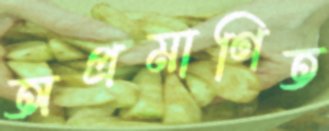
অপ্রমাণিত